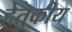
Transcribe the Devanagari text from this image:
हेतुकीय